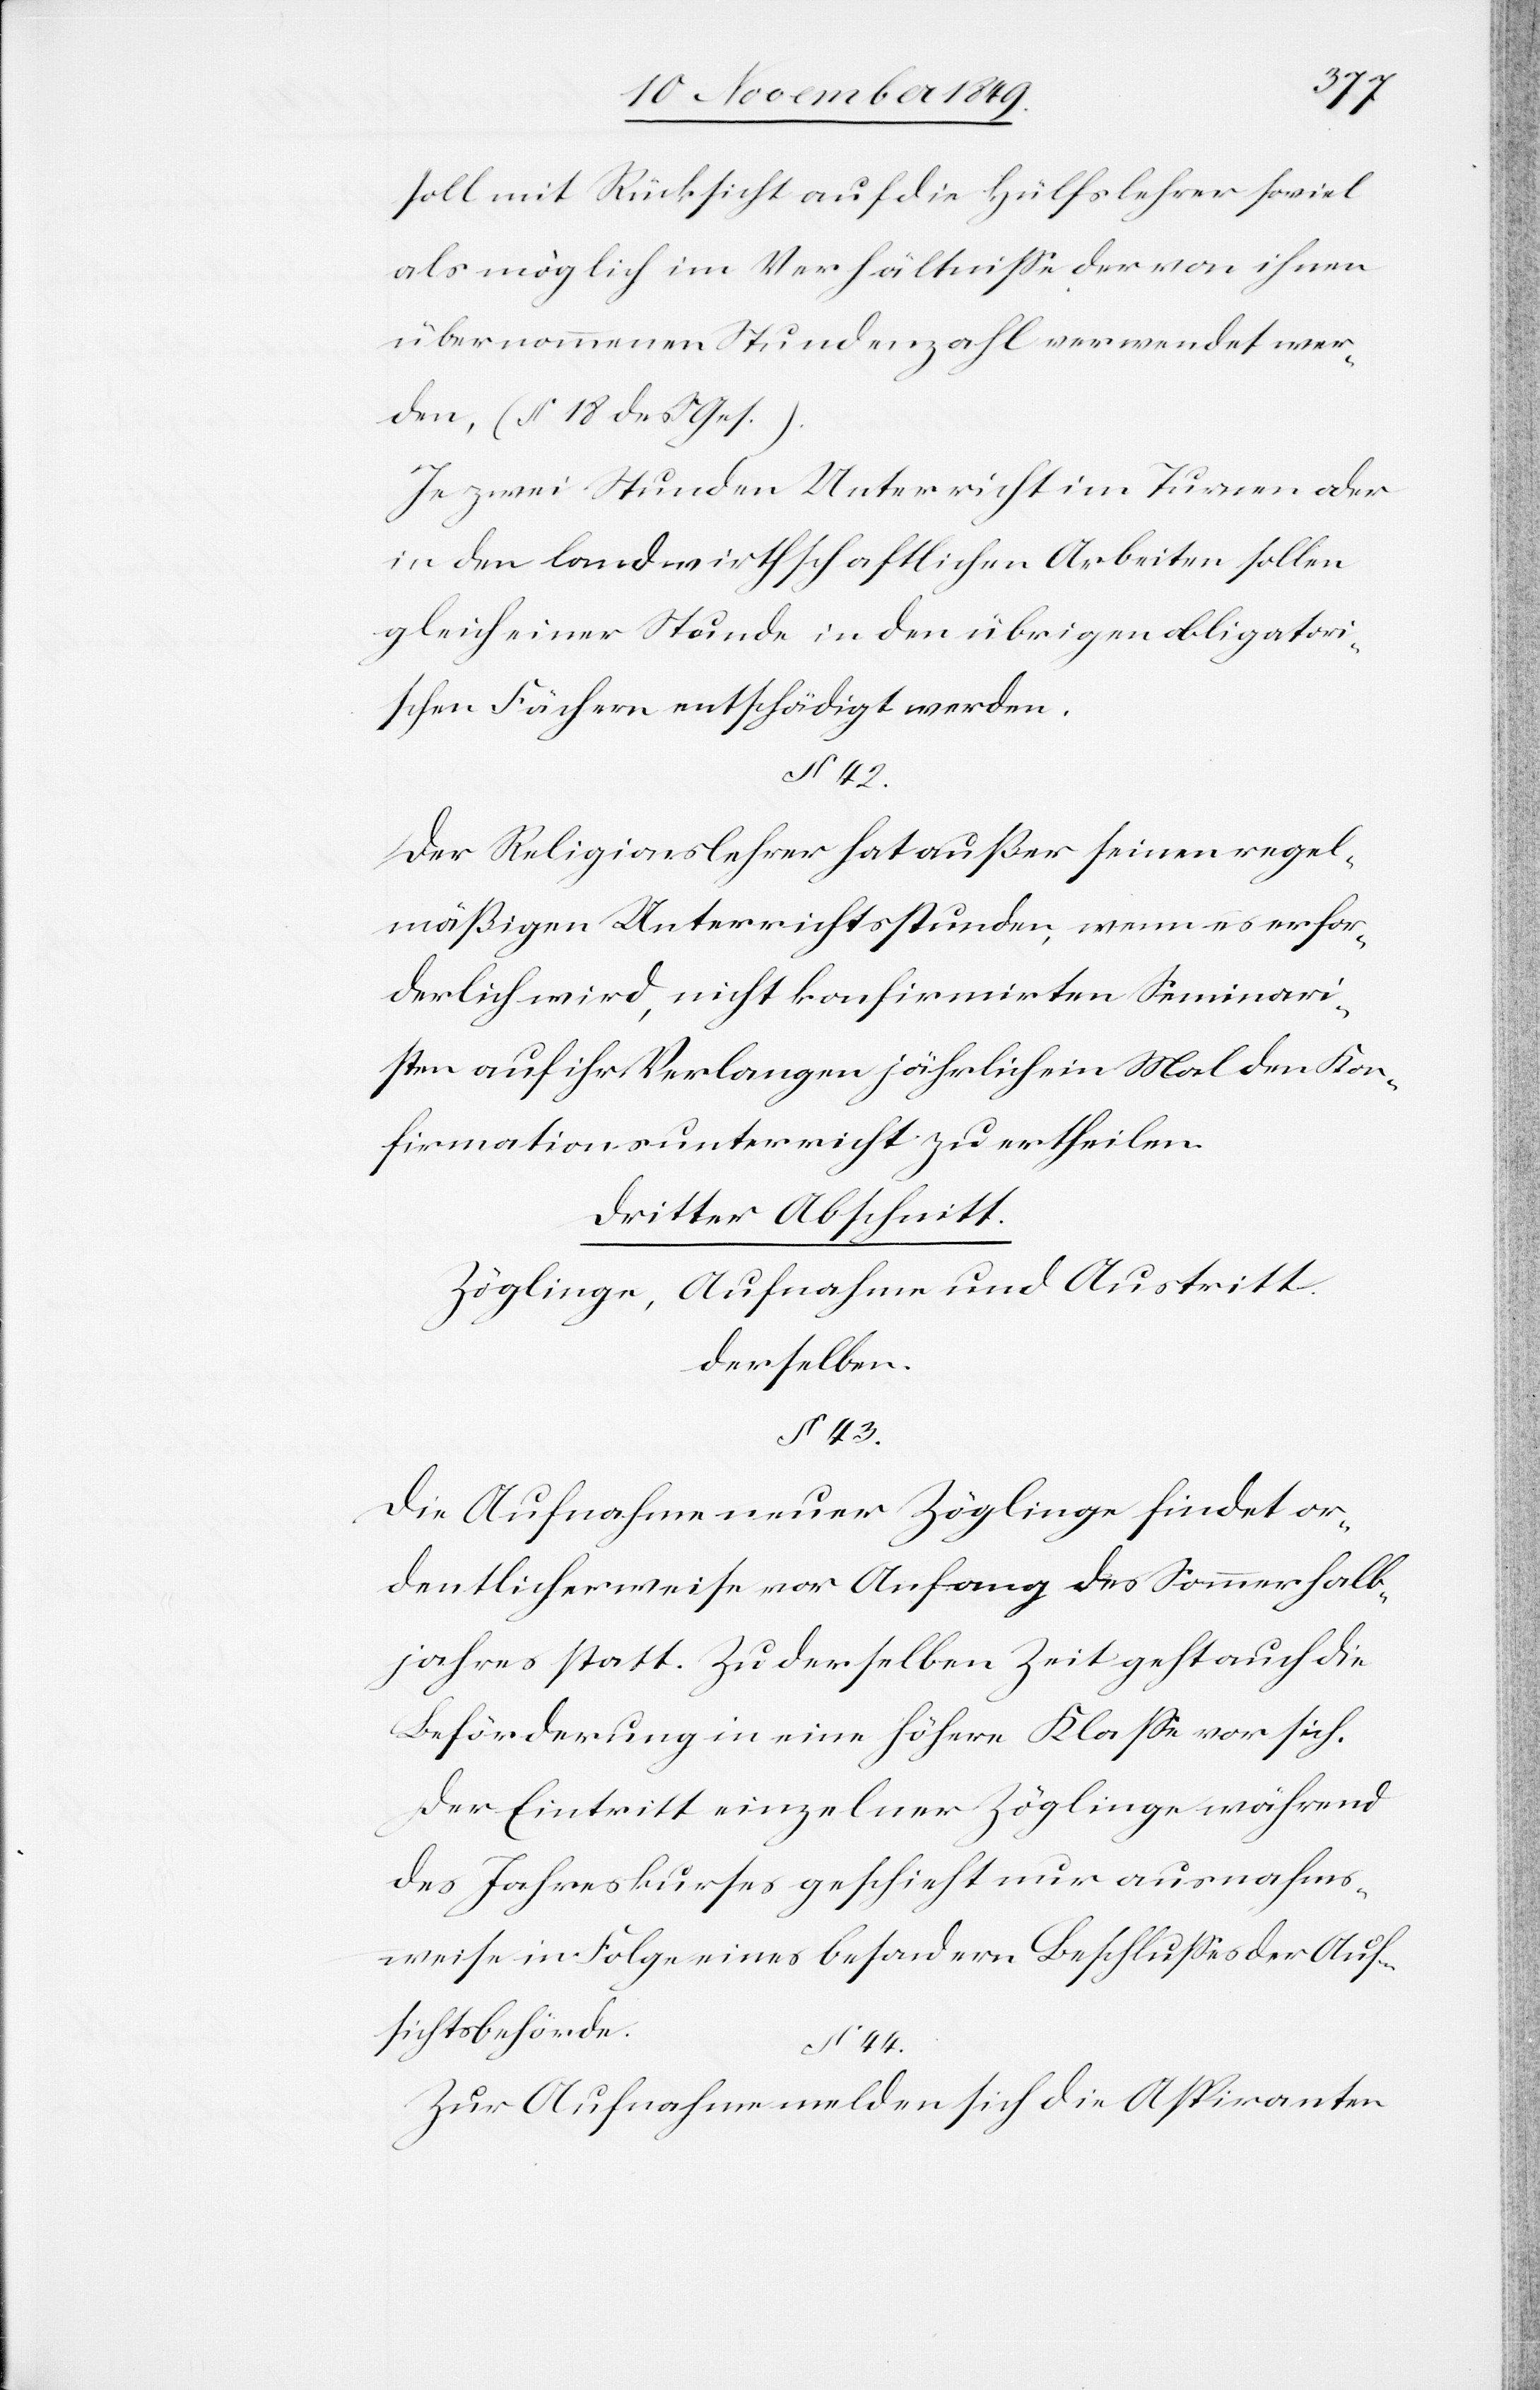
soll mit Rücksicht auf die Hülfslehrer soviel
als möglich im Verhältniße der von ihnen
übernommenen Stundenzahl verwendet wer¬
den, (§ 18 des S. Ges.)
Je zwei Stunden Unterricht im Turnen oder
in den landwirthschaftlichen Arbeiten sollen
gleich einer Stunde in den übrigen obligatori¬
schen Fächern entschädigt werden.
§ 42.
Der Religionslehrer hat außer seinen regel¬
mäßigen Unterrichtsstunden, wenn es erfor¬
derlich wird, nicht konfirmirten Seminari¬
sten auf ihr Verlangen jährlich ein Mal den Kon¬
firmationsunterricht zu ertheilen.
Dritter Abschnitt.
Zöglinge, Aufnahme und Austritt
derselben.
§ 43.
Die Aufnahme neuer Zöglinge findet or¬
dentlicherweise vor Anfang des Sommerhalb¬
jahres statt. Zu der selben Zeit geht auch die
Beförderung in eine höhere Klaße vor sich.
Der Eintritt einzelner Zöglinge während
des Jahreskurses geschieht nur ausnahms¬
weise in Folge eines besondern Beschlußes der Auf¬
sichtsbehörde.
§ 44.
Zur Aufnahme melden sich die Aspiranten